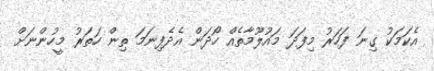
އެކަމަކު ގިނަ ފަހަރު މިފަދަ މައުލޫމާތެއް ހޯދަން އެދެފިނަމަ ތިން ހަތަރު މީހުންނަށް